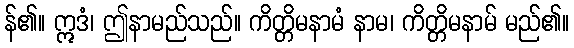
န်၏။ ဣဒံ၊ ဤနာမည်သည်။ ကိတ္တိမနာမံ နာမ၊ ကိတ္တိမနာမ် မည်၏။